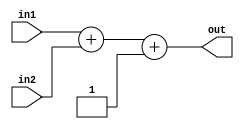
`timescale 1ns / 1ns
//////////////////////////////////////////////////////////////////////////////
// Company: 
// Engineer: 
// 
// Design Name: 
// Module Name:    Increment 
// Project Name: 
// Target Devices: 
// Tool versions: 
// Description: 
//
//    Actually an adder, with the carry input hard-wired to 1.
//
// Dependencies: 
//
// Revision: 
// Revision 0.01 - File Created
// Additional Comments: 
//
//////////////////////////////////////////////////////////////////////////////
module Increment(
    input [31:0] in1,
    input [31:0] in2,
    output [31:0] out
   );

    assign out = in1 + in2 + 1'b1;

endmodule